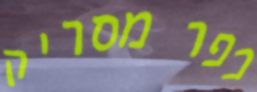
כפר מסריק